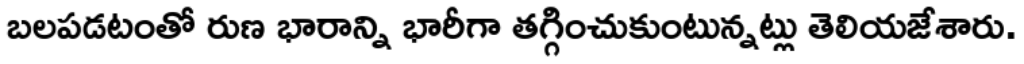
బలపడటంతో రుణ భారాన్ని భారీగా తగ్గించుకుంటున్నట్లు తెలియజేశారు.